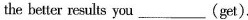
the better results you___(get).